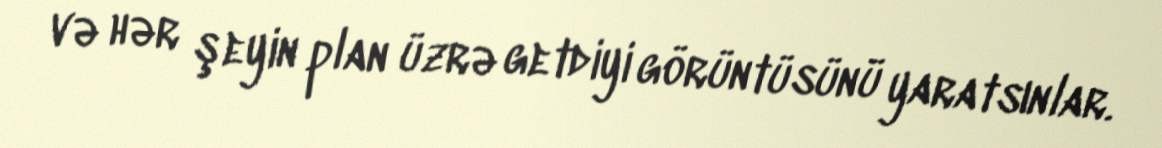
və hər şeyin plan üzrə getdiyi görüntüsünü yaratsınlar.